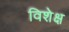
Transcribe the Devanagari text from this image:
विशेक्ष